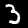
Digit: 3